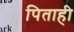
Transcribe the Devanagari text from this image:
पिताही